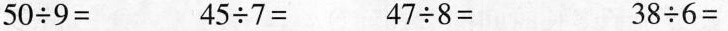
$$5 0 \div 9 =$$ $$4 5 \div 7 =$$ $$4 7 \div 8 =$$ $$3 8 \div 6 =$$